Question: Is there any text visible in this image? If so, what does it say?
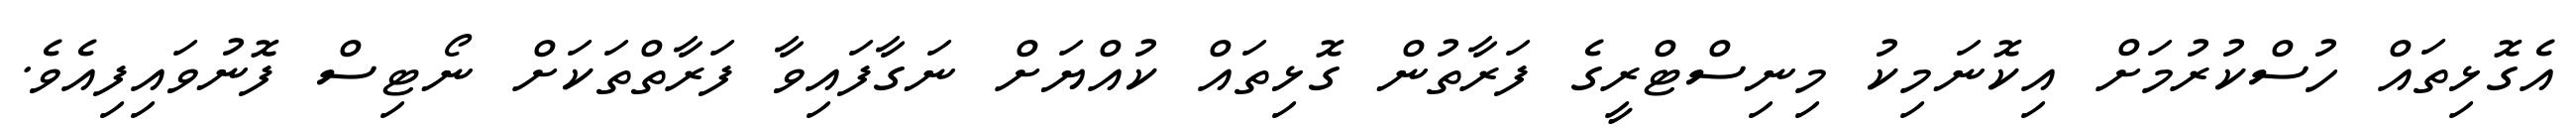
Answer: އެގޮޅިތައް ހުސްކުރުމަށް އިކޮނަމިކު މިނިސްޓްރީގެ ފަރާތުން ގޮޅިތައް ކުއްޔަށް ނަގާފައިވާ ފަރާތްތަކަށް ނޯޓިސް ފޮނުވައިފިއެވެ.